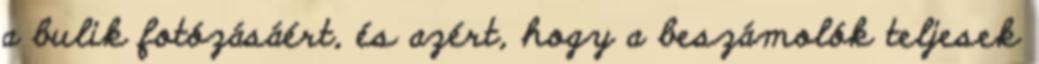
a bulik fotózásáért, és azért, hogy a beszámolók teljesek